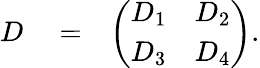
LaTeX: \begin{array}{rlr}{D}&{{}=}&{\left(\begin{array}{ll}{D_{1}}&{D_{2}}\\ {D_{3}}&{D_{4}}\end{array}\right).}\end{array}